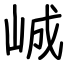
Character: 峸